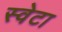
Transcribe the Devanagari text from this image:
स्वेटा